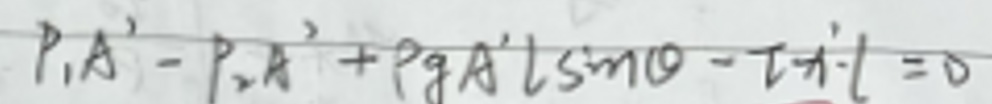
\[
P_1 A' - P_2 A' + \rho g A' l \sin\theta - \tau \pi i' l = 0
\]